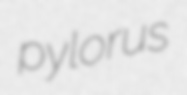
pylorus